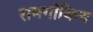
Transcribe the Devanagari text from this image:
रामगोविन्द